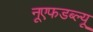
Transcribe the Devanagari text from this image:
नूएफडब्ल्यू